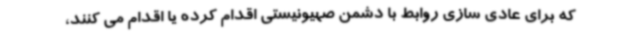
که برای عادی سازی روابط با دشمن صهیونیستی اقدام کرده یا اقدام می کنند،